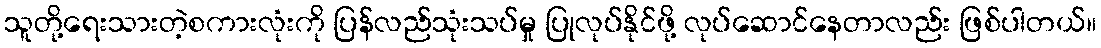
သူတို့ရေးသားတဲ့စကားလုံးကို ပြန်လည်သုံးသပ်မှု ပြုလုပ်နိုင်ဖို့ လုပ်ဆောင်နေတာလည်း ဖြစ်ပါတယ်။